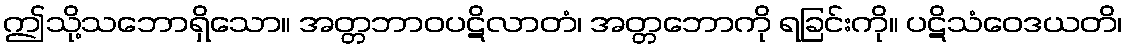
ဤသို့သဘောရှိသော။ အတ္တဘာဝပဋိလာတံ၊ အတ္တဘောကို ရခြင်းကို။ ပဋိသံဝေဒယတိ၊